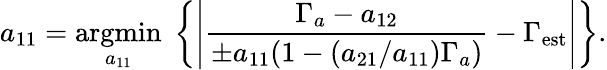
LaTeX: a_{11}=\underset{a_{11}}{\operatorname{argmin}}\; \left\lbrace\left|\frac{\Gamma_{a}-a_{12}}{\pm a_{11}(1-(a_{21}/a_{11})\Gamma_{a})}-\Gamma_{\mathrm{est}}\right|\right\rbrace.